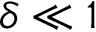
\delta \ll 1